Rapla_vallavalitsus, lk 43
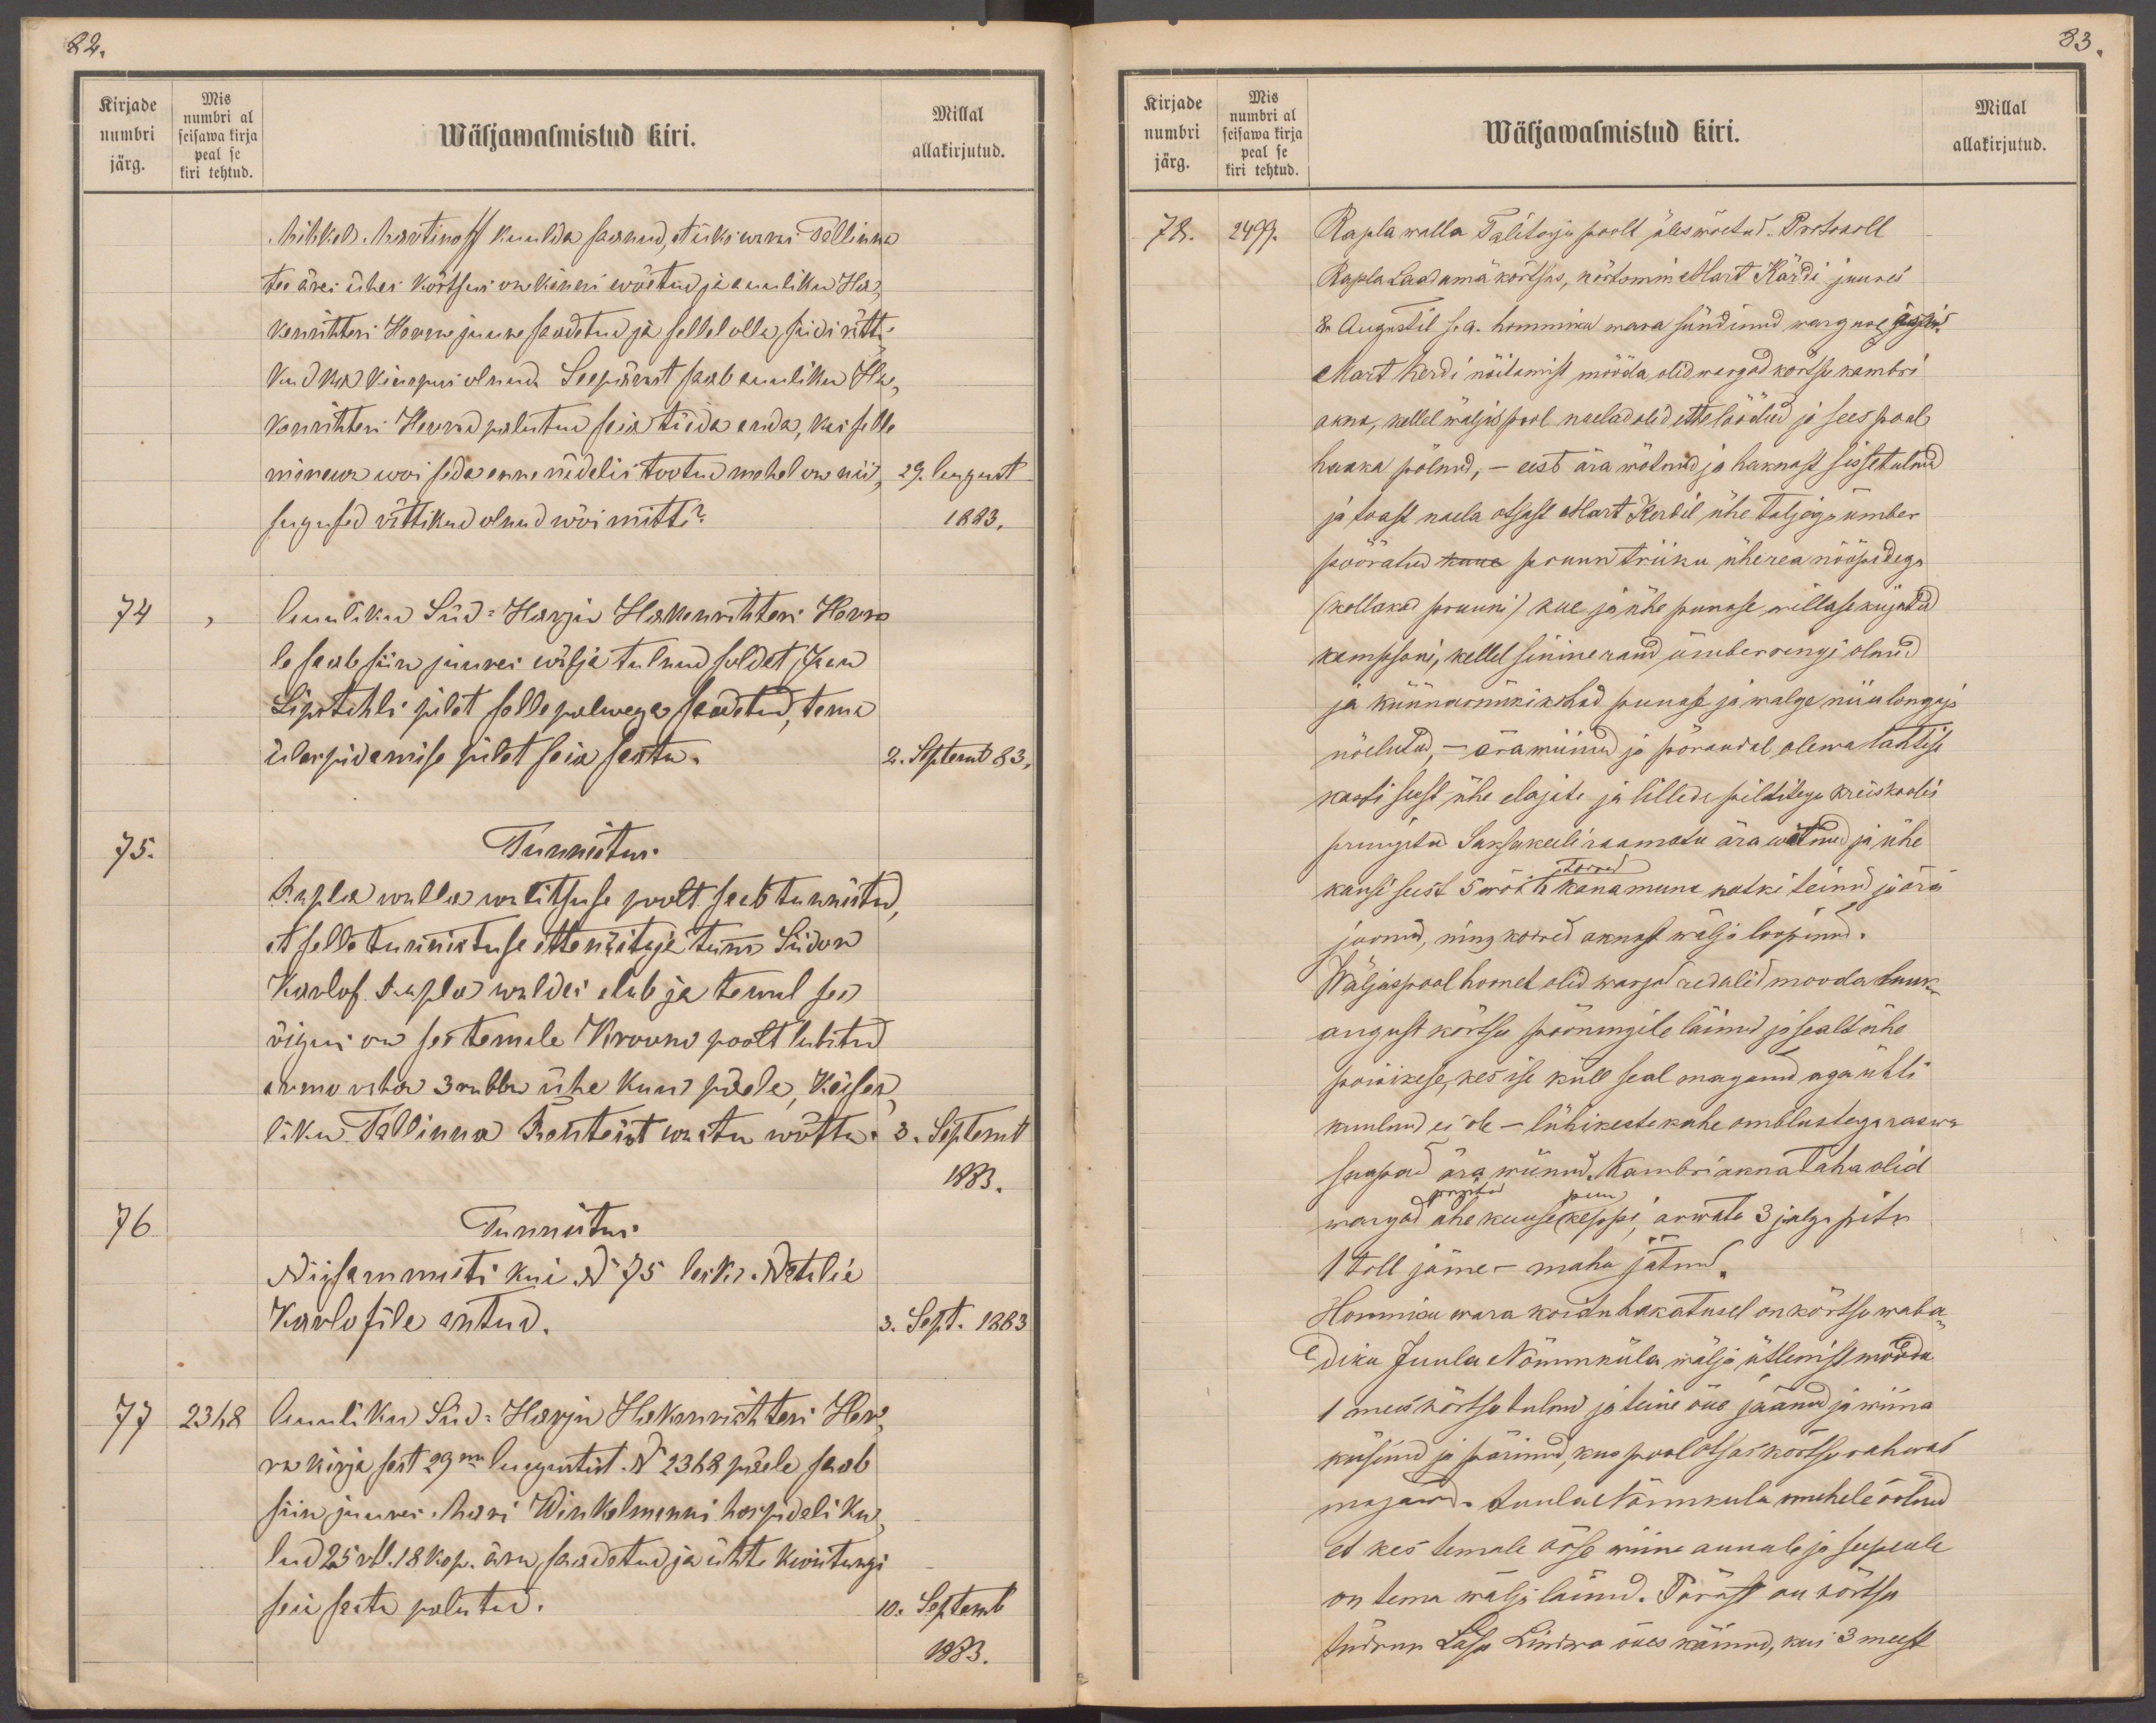
82.
Kirjade
Mis
Millal
numbri al
numbri
seisawa kirja
Wäljawalmistud kiri.
järg.
peal se
kiri tehtud
allakirjutud.
Mihkel Martinoff kuulda saanud, et üks waras Tallinna
tee äres ühes kõrtsus on kinni wõetud ja auuliku Ha-
kenrihteri Herra juure saadetud ja sellel olla, siidi rätti-
kuid ka kimpus olnud. Seepärast saab auuliku Ha
kenrihteri Herrad palutud seia ja täeda anda, kui selle
minewa woi seda enne nädalis tootud mehel on nii,
29. August
sugused rättikud olnud wõi mitte?
1883.
74
Auuliku Süd-Harju Hakenrihteri Herra
le saab siin juures wälja tulnud soldat Jaan
Lipstahli pilet selle palwega saadetud, tema
ülespidamise pilet seia seatu.
2. September 83,
75.
Tunnistus.
Rapla walla walitsuse poolt saab tunnistud,
et selle tunnistuse ettenäitaja tumm Siidor
Karlof Rapla waldas elab ja temal see
õigus on see temale Kroono poolt lubatud
armo raha 3 rubla ühe kuu päele, Keiser
liku Tallinna Renteist wastu wõtta.
3. September
1883.
76
Tunnistus.
Niisammuti kui No 75 lesk Natalie
Karlofile antud.
3. Sept. 1883.
77
2368
Auuliku Süd-Harju Hakenrihteri Her-
ra kirja sest 23ma Augustist No 2368 päele saab
siin juures, Mari Winkelmanni hospidali ku
lud 25 rbl. 18 kop. ära, saadetud ja ühte kwiitungi
seia saata palutud.
10. Septemb
1883.

83
Kirjade
Mis
numbri
numbri al
seisawa kirja
Wäljawalmistud kiri.
Millal
allakirjutud.
järg.
peal se
kiri tehtud
78.
2499.
Rapla walla Talitaja poolt üles wõetud. Protokoll
Rapla Laadamä kõrtsus, kõrtsmik Mart Kärdi juures
8 Augustil s.a. hommiku wara sündinud warguse asjus
Mart Kerdi näitamist mööda olid wargad kõrtsu kambri
akna, kellel wäljas pool naelad olid ettelöödud ja sees pool
haaka polnud, - eest ära wõtnud ja haknast sissetulnud
ja toast naela otsast Mart Kerdil ühe taljega ümber
pööratud kuue pruun triiku üherea nööpidega
(kollakad pruuni) kue ja ühe punase willase kujatud
kampsoni, kellel sinine rand ümberringi olnud
ja künnarnükikohad punase ja walge niiu longaga
nõelutud, - ärawiinud ja põrandal olewa lahtise
kasti seest ühe elajate ja lilledepilditega kreiskoolis
pruugitu Saksakeeli raamatu ära wõtnud ja ühe
Torras
kausi seest 5 wõi 6 kanamuna katki teinud ja ära
joonud, ning korred aknast wälja loopinud.
Wäljaspool hoonet olid wargad redelid mooda luuk-
august kõrtsu pööningile läinud ja seald ühe
poisikese, kes ise küll seal magand aga ühti
kuulnud ei ole - lühikeste kahe õmblustega raswa
saapad ära wiinud. Kambriakna taha olid
prajutud
puu
wargad ühe kuuse keppi, arwata 3 jalga pitk
1 toll jäme - maha jätnud,
Hommiku wara koidu hakatusel on kõrtsu waba-
diku Juula Nõmmküla wälja ütlemist mööda
1 mees kõrtsu tulnud ja teine õue jäänud ja wiina
küsind ja pärinud, kus pool otsas kõrtsu rahwas
magawad. Juula Nõmmküla mehele öelnud
et kes temale ööse wiina annab ja seepeale
on tema wälja läinud. Pärast on kõrtsu
Märnu Lass Lindra õues käinud, kui 3 meest